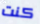
كنت